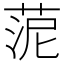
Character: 𦰫